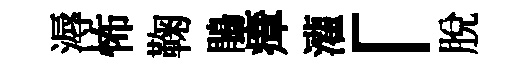
溽怖鞠鵑瘴灌「脱